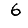
Digit: 6